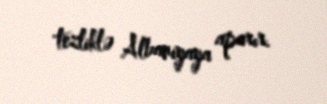
tezliklə Albaniyaya aparır.